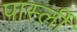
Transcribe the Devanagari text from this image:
पार्स्ली